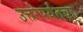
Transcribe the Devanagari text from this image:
उत्तरेपर्यंतचा